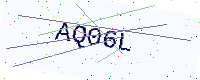
Text: AQ06L